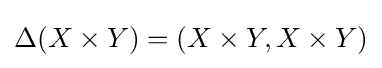
\Delta (X\times Y)=(X\times Y,X\times Y)